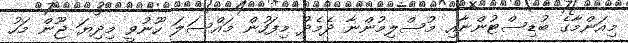
މިއަންމާގެ ބުޑިސްޓުންނާއި މުސްލިމުންނާ ދެމެދު މިފަހުން މައްސަލަ ހޫނުވީ މިދިޔަ ޖޫން މަހު